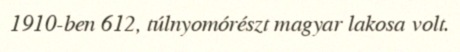
1910-ben 612, túlnyomórészt magyar lakosa volt.